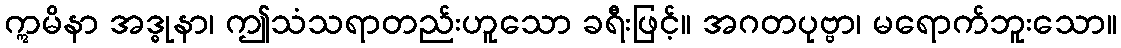
ဣမိနာ အဒ္ဓုနာ၊ ဤသံသရာတည်းဟူသော ခရီးဖြင့်။ အဂတပုဗ္ဗာ၊ မရောက်ဘူးသော။